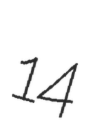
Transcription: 14